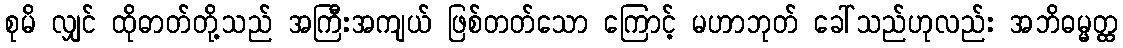
စုမိ လျှင် ထိုဓာတ်တို့သည် အကြီးအကျယ် ဖြစ်တတ်သော ကြောင့် မဟာဘုတ် ခေါ်သည်ဟုလည်း အဘိဓမ္မတ္ထ